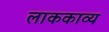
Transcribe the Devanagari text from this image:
लाककाव्य